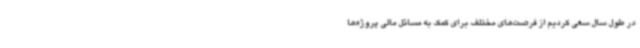
در طول سال سعی کردیم از فرصت‌های مختلف برای کمک به مسائل مالی پروژه‌ها